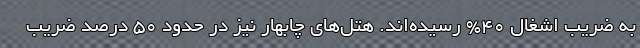
به ضریب اشغال ۴۰% رسیده‌اند. هتل‌های چابهار نیز در حدود ۵۰ درصد ضریب